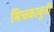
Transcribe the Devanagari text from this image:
मिचकावुनी